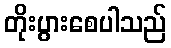
တိုးပွားစေပါသည်